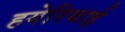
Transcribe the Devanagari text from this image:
हगेरियाई